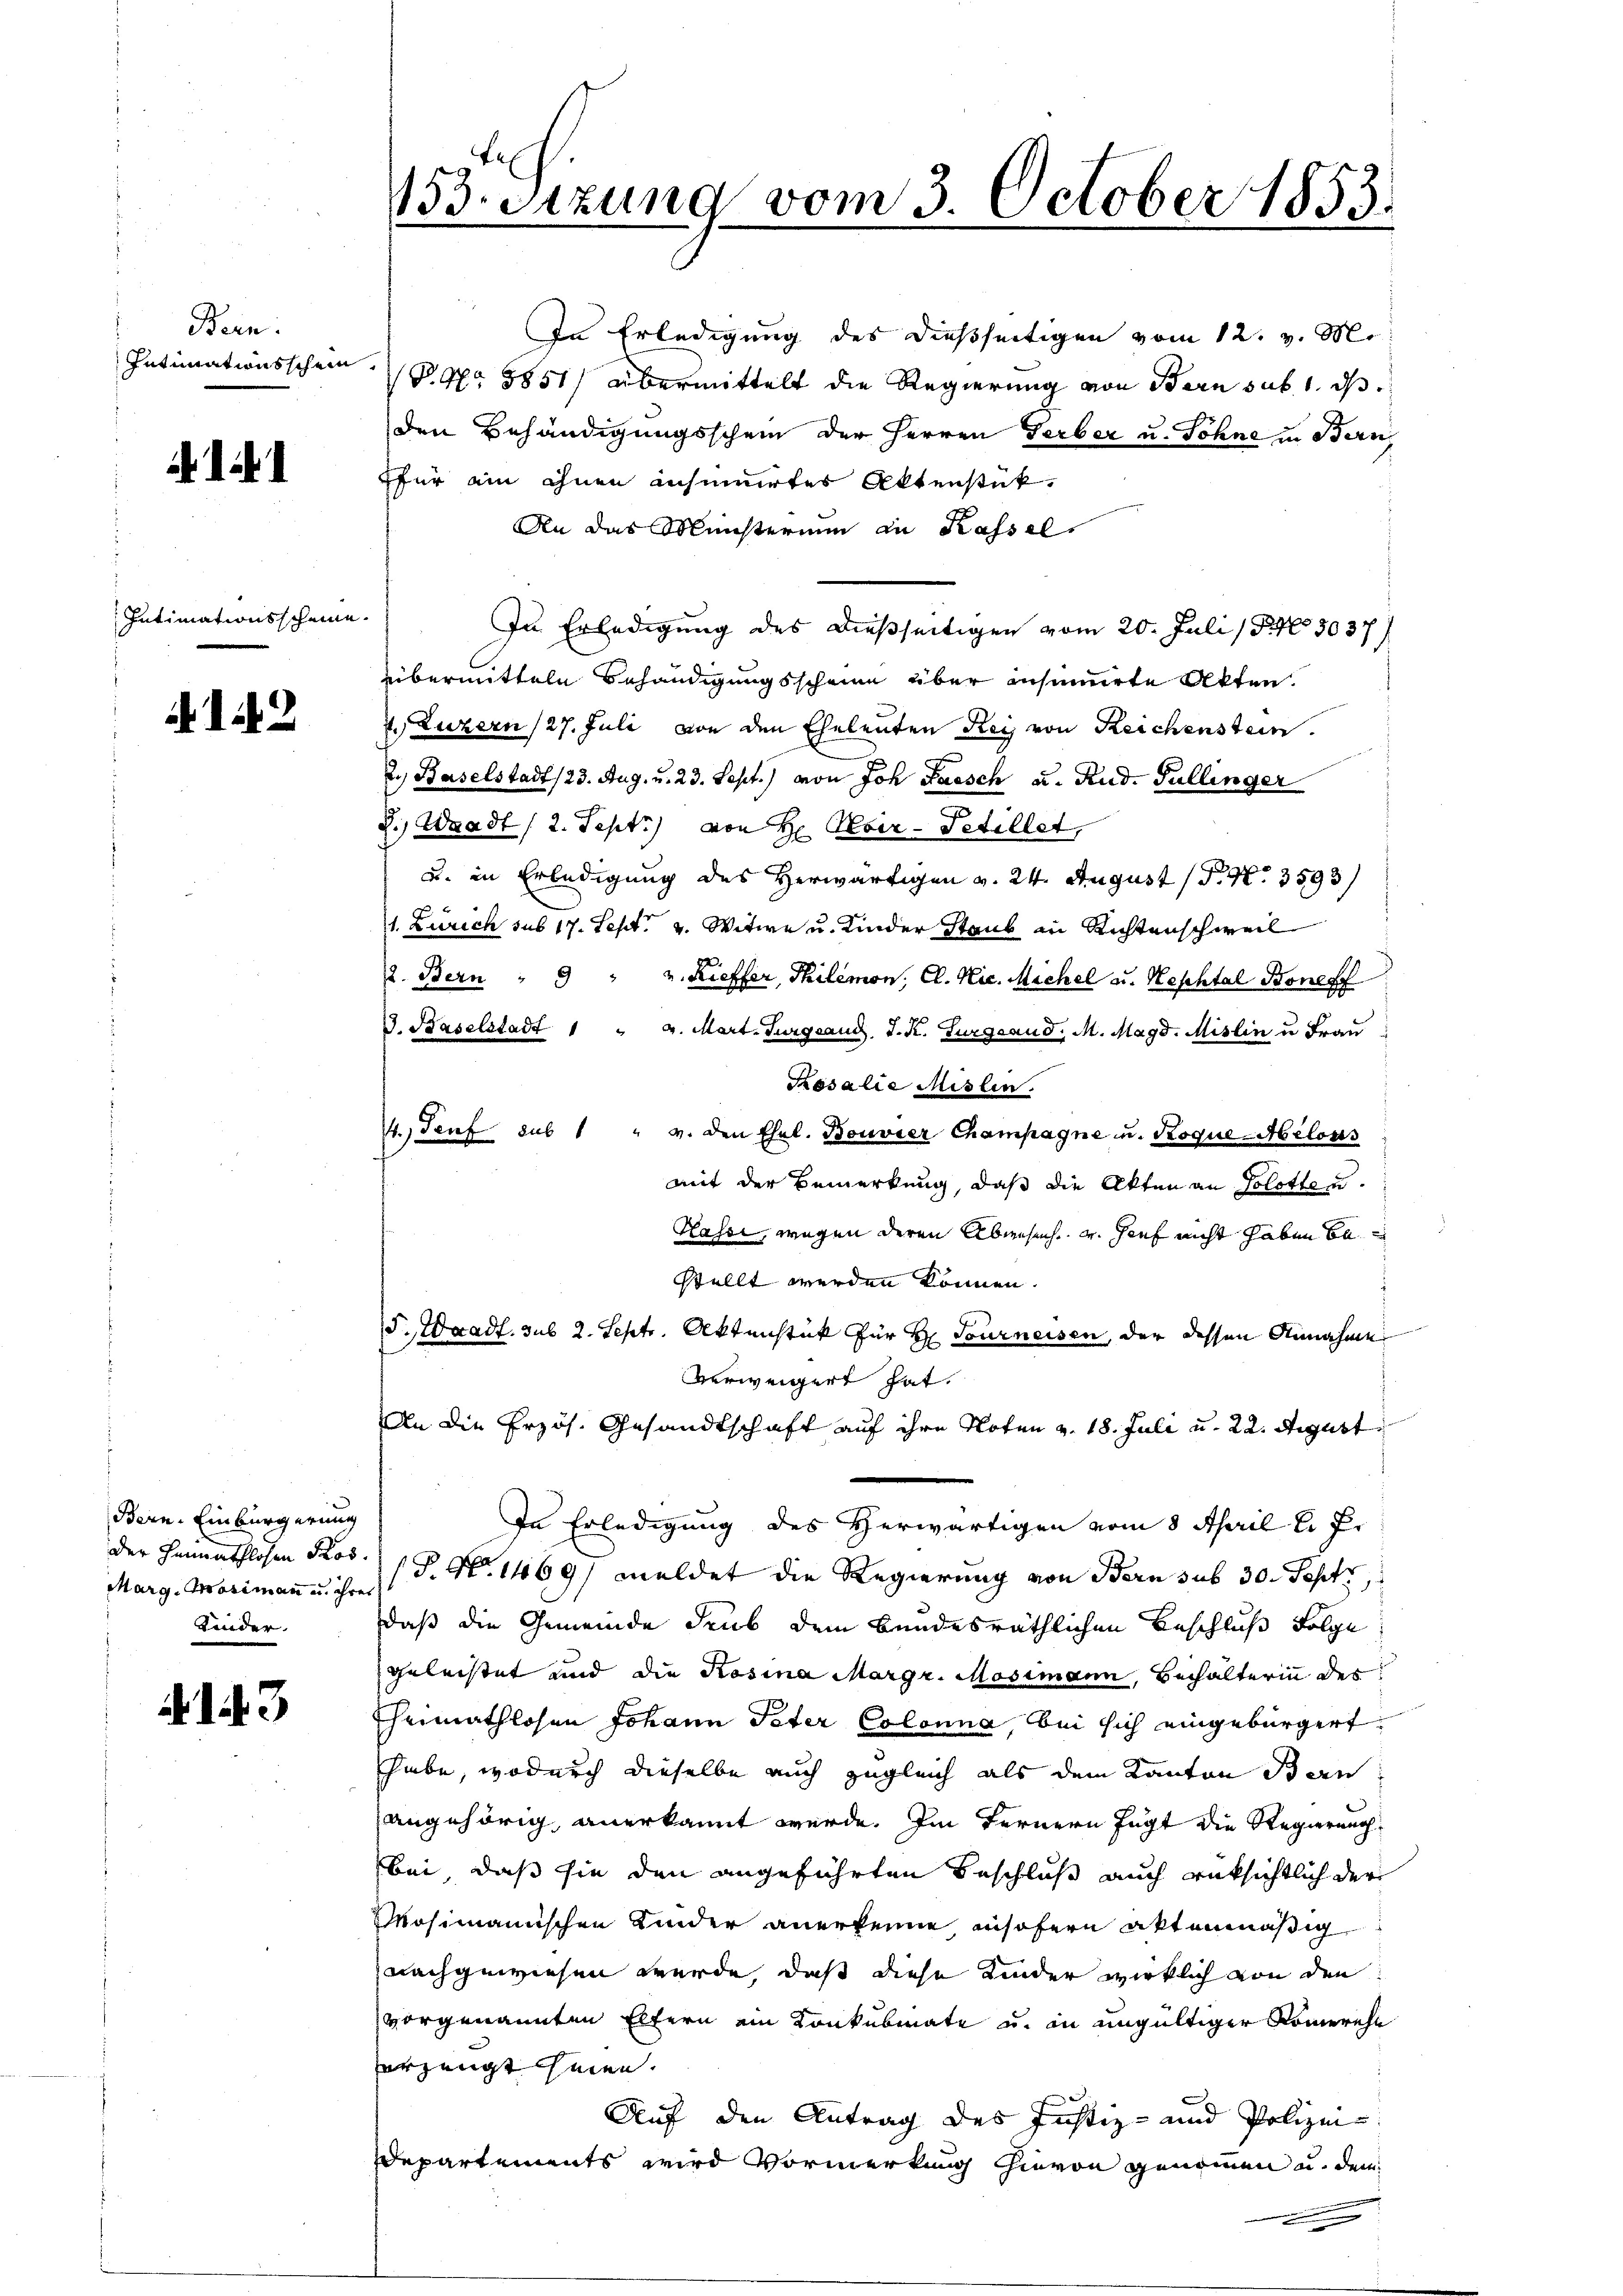
Bern.
Intimationsschein.

Intimationsscheine.

142

Bern. Einbürgerung
Marg. Mosimann u. ihres
Kinder.

143

53.sizung vom 3. October 1853.

In Erledigung des dießseitigen vom 12. v. M.
P. Nr. 1851) übermittelt die Regierung von Bern sub. 1. ds
den Behändigungsschein der Herren Gerber u. Söhne in Bern
ffür ein ihnen insumirtes Aktenstük¬
An das Münsterium an Kassel
In Erledigung des dießseitigen vom 20. Juli 15 No 3037)
übermitteln Behändigungsscheine über insumirte Akten.
2. Luzern (27. Juli von den Eheleuten Kreis von Reichenstein.
2.) Baselstadt (23. Aug. u. 23. Sept.) von Joh Paesch u. Rud. Fullinger
d.) Waadt (2. Sept.) von H. Nbir-Tetillet,
u. in Erledigung des Herwärtigen v. 24. August (T. N. 3593)
1. Zürich sub 17. Sept. v. Witwe u. Kinder Staub in Richtenschweil
2. Bern " 9 " u. Kieffer, Thilemon. Cl. Nic. Michel u. Neschtal Boneff
V. Baselstadt 1 " 4. Mart. Turgsaud. J. K. Burgsaud. M. Magd. Mislin u Frau
Kosalie Mislin.
4. Senf sub 1 " v. den Ehel. Bouvier Champagne u. Roque-Melons
mit der Bemerkung, daß die Akten an Solotte u
Hassi, wegen deren Abwesen, u. hief nicht haben be
stellt werden können.
J. Waadt. sub 2. Septr. Aktenstück für Hr. Tourneisen, der dessen Annahme
verweigert hat.
An die Erzös. Gesandtschaft auf ihre Noten v. 18. Juli u. 22. August
In Erledigung des Herwärtigen vom 8 April l. J.
der Heimathlosen Prov. 18. No. 1469) meldet die Regierung von Bern sub 30. Sept.,
daß die Gemeinde drub dem Bundesräthlichen Beschluß Folge
geleistet und die Rosina Margr. Mosimann, Bechalterin des
Cheimathlosen Johann Peter Colonna, bei sich eingebürgert
habe, wodurch dieselbe auch zugleich als dem Kanton Bern
angehörig, anerkannt werde. Im Fernern fügt die Regierung
bei, daß sie den angeführten Beschluß auch rüksichtlich der
Mosimannischen Kinder anerkenne insofern aktenmäßig
nachgewiesen werde, daß diese Kinder wirklich von den
vorgenannten Eltern ein Konkubinate u. in ungültiger Römerehe
erzeugt seien.
Auf den Antrag des Justiz- und Polizei.
Departements wird Vormerkung hievon genommen u. den
.